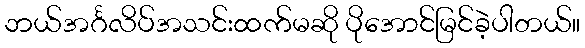
ဘယ်အင်္ဂလိပ်အသင်းထက်မဆို ပိုအောင်မြင်ခဲ့ပါတယ်။